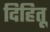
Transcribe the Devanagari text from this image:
दिहितू